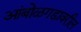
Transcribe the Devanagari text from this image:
आंबोळगडावरील